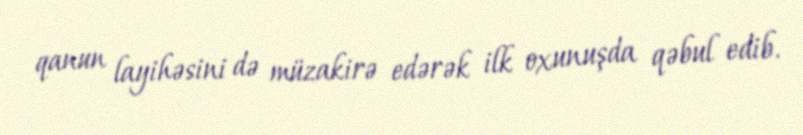
qanun layihəsini də müzakirə edərək ilk oxunuşda qəbul edib.